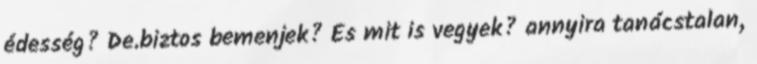
édesség? De.biztos bemenjek? És mit is vegyek? annyira tanácstalan,